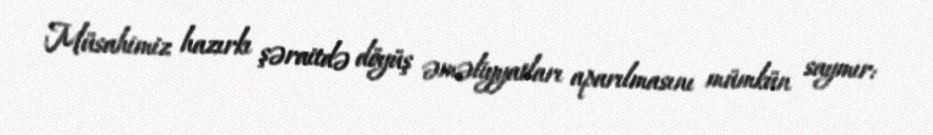
Müsahimiz hazırkı şəraitdə döyüş əməliyyatları aparılmasını mümkün saymır: